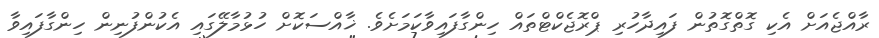
ރާއްޖެއަށް އެކި ގޮތްގޮތުން ފައިދާހުރި ޕްރޮޖެކްޓްތައް ހިންގާފައިވާކަމަށެވެ. ޚާއްސަކޮށް ހުޅުމާލޭގައި އެކުންފުނިން ހިންގާފައިވާ